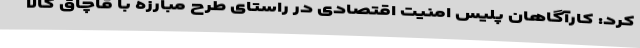
کرد: کارآگاهان پلیس امنیت اقتصادی در راستای طرح مبارزه با قاچاق کالا